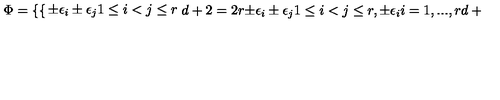
\Phi = \left\{ \begin{cases} { \pm \epsilon _ { i } \pm \epsilon _ { j } 1 \le i < j \le r } & { d + 2 = 2 r } \\ { \pm \epsilon _ { i } \pm \epsilon _ { j } 1 \le i < j \le r , \pm \epsilon _ { i } i = 1 , . . . , r } & { d + 2 = 2 r + 1 } \\ \end{cases} \right.